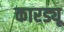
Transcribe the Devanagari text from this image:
कारड्यू